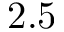
2 . 5